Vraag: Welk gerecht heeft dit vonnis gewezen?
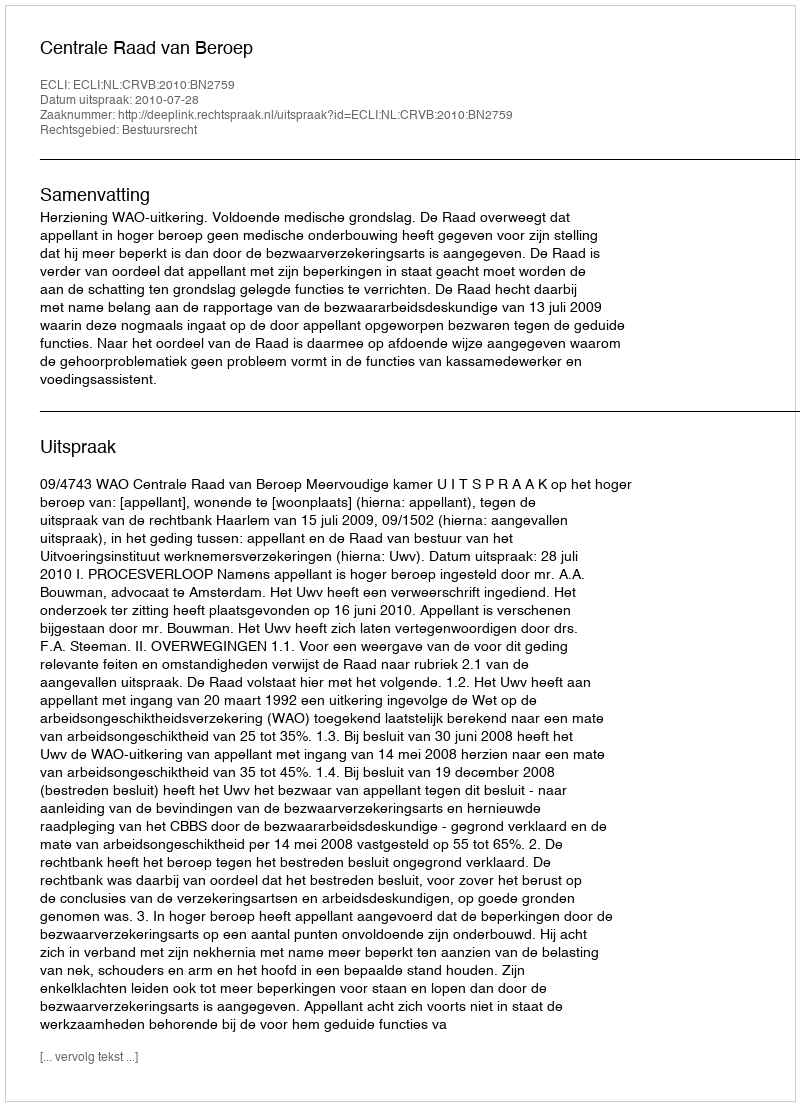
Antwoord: Centrale Raad van Beroep